Source: Handwritten
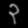
Digit: ၃ (3)